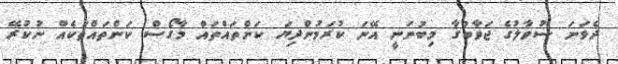
ދެވަނަ ސުވާލުގެ ޖަވާބުގާ މިބުނަނީ އޭނަ ކުރަމުންދިޔަ ކަންތައްތައް މާގޯސް ކަންތައްތަކެއް ނުކުރޭ